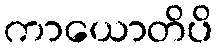
ကာယောတိပိ